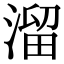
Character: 溜